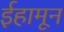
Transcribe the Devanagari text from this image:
ईहामून